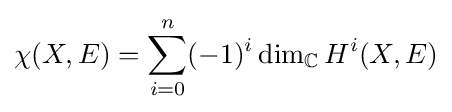
\chi (X,E)=\sum _{i=0}^{n}(-1)^{i}\dim _{\mathbb {C} }H^{i}(X,E)